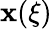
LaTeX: \mathbf{x}(\xi)